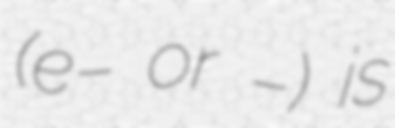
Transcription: (e− or β−) is